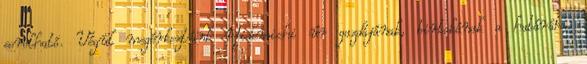
sorolható. Végül megérkeztünk Hidemichi úr gazdájának, birtokának a határába.